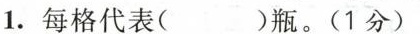
1.每格代表( )瓶。(1分)